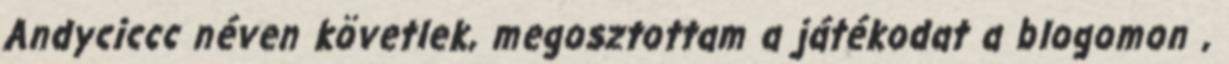
Andyciccc néven követlek, megosztottam a játékodat a blogomon ,